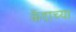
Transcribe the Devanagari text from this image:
केंदाच्या